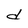
Character: d